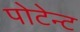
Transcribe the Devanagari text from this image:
पोटेन्ट